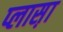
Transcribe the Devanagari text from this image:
प्लास़ा